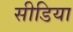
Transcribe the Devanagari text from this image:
सीडिया